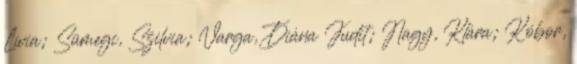
Lívia; Sümegi, Szilvia; Varga, Diána Judit; Nagy, Klára; Kóbor,